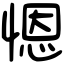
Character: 𢞴